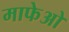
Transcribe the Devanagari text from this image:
माफेओ